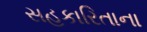
સહકારિતાના